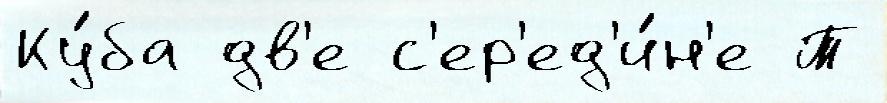
Ку́ба дв'е с'ер'ед'и́н'е Т